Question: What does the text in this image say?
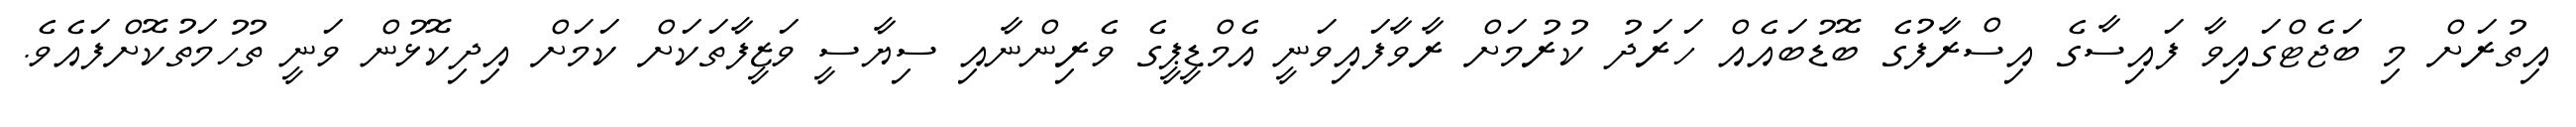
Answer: އިތުރަށް މި ބަޖެޓްގައިވާ ފައިސާގެ އިސްރާފުގެ ބޮޑުބައެއް ހަރަދު ކުރުމަށް ރާވާފައިވަނީ އެމްޑީޕީގެ ވެރިންނާއި ސިޔާސީ ވަޒީފާތަކަށް ކަމަށް އިދިކޮޅުން ވަނީ ތުހުމަތުކޮށްފައެވެ.